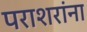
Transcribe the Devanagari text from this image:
पराशरांना